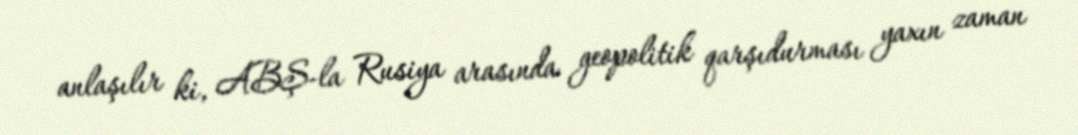
anlaşılır ki, ABŞ-la Rusiya arasında geopolitik qarşıdurması yaxın zaman